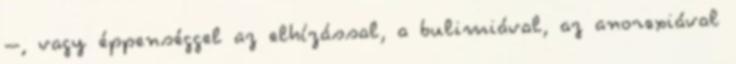
–, vagy éppenséggel az elhízással, a bulimiával, az anorexiával